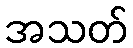
အသတ်